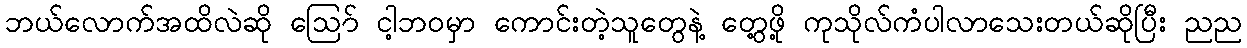
ဘယ်လောက်အထိလဲဆို ဪ ငါ့ဘဝမှာ ကောင်းတဲ့သူတွေနဲ့ တွေ့ဖို့ ကုသိုလ်ကံပါလာသေးတယ်ဆိုပြီး ညည